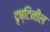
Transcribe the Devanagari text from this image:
दृष्टिनील